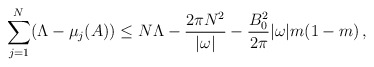
\begin{align*}\sum_{j=1}^N(\Lambda-\mu_j(A))\le N\Lambda-\frac{2\pi N^2}{|\omega|}-\frac{B_0^2}{2\pi}|\omega|m(1-m)\,,\end{align*}